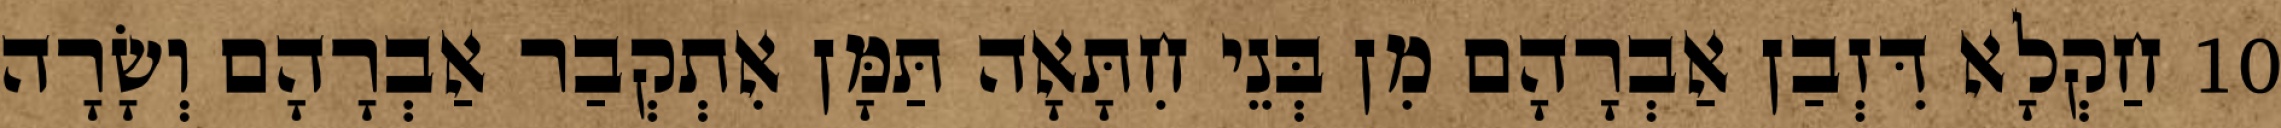
10 חַקְלָא דִּזְבַן אַבְרָהָם מִן בְּנֵי חִתָּאָה תַּמָּן אִתְקְבַר אַבְרָהָם וְשָׂרָה